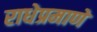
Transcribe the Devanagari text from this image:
राधेप्रमाणे